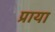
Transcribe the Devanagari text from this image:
प्राया